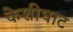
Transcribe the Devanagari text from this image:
केशीघाट